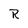
Character: R